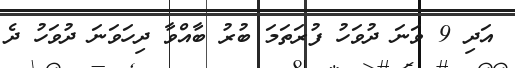
އަދި 9 ވަނަ ދުވަހު ފުރަތަމަ ބުރު ބާއްވާ ދިހަވަނަ ދުވަހު ދެ